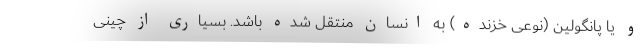
و یا پانگولین (نوعی خزنده) به انسان منتقل شده باشد. بسیاری از چینی